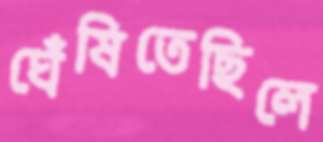
ঘেঁষিতেছিলে